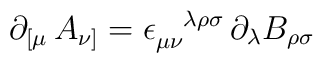
\partial _{[\mu} \, A _{\nu ]}=\epsilon _{\mu \nu }^{\phantom{\mu \nu  }\lambda \rho \sigma } \, \partial _\lambda B_{\rho \sigma }